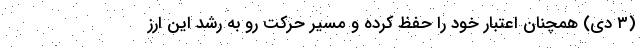
(۳ دی) همچنان اعتبار خود را حفظ کرده و مسیر حرکت رو به رشد این ارز